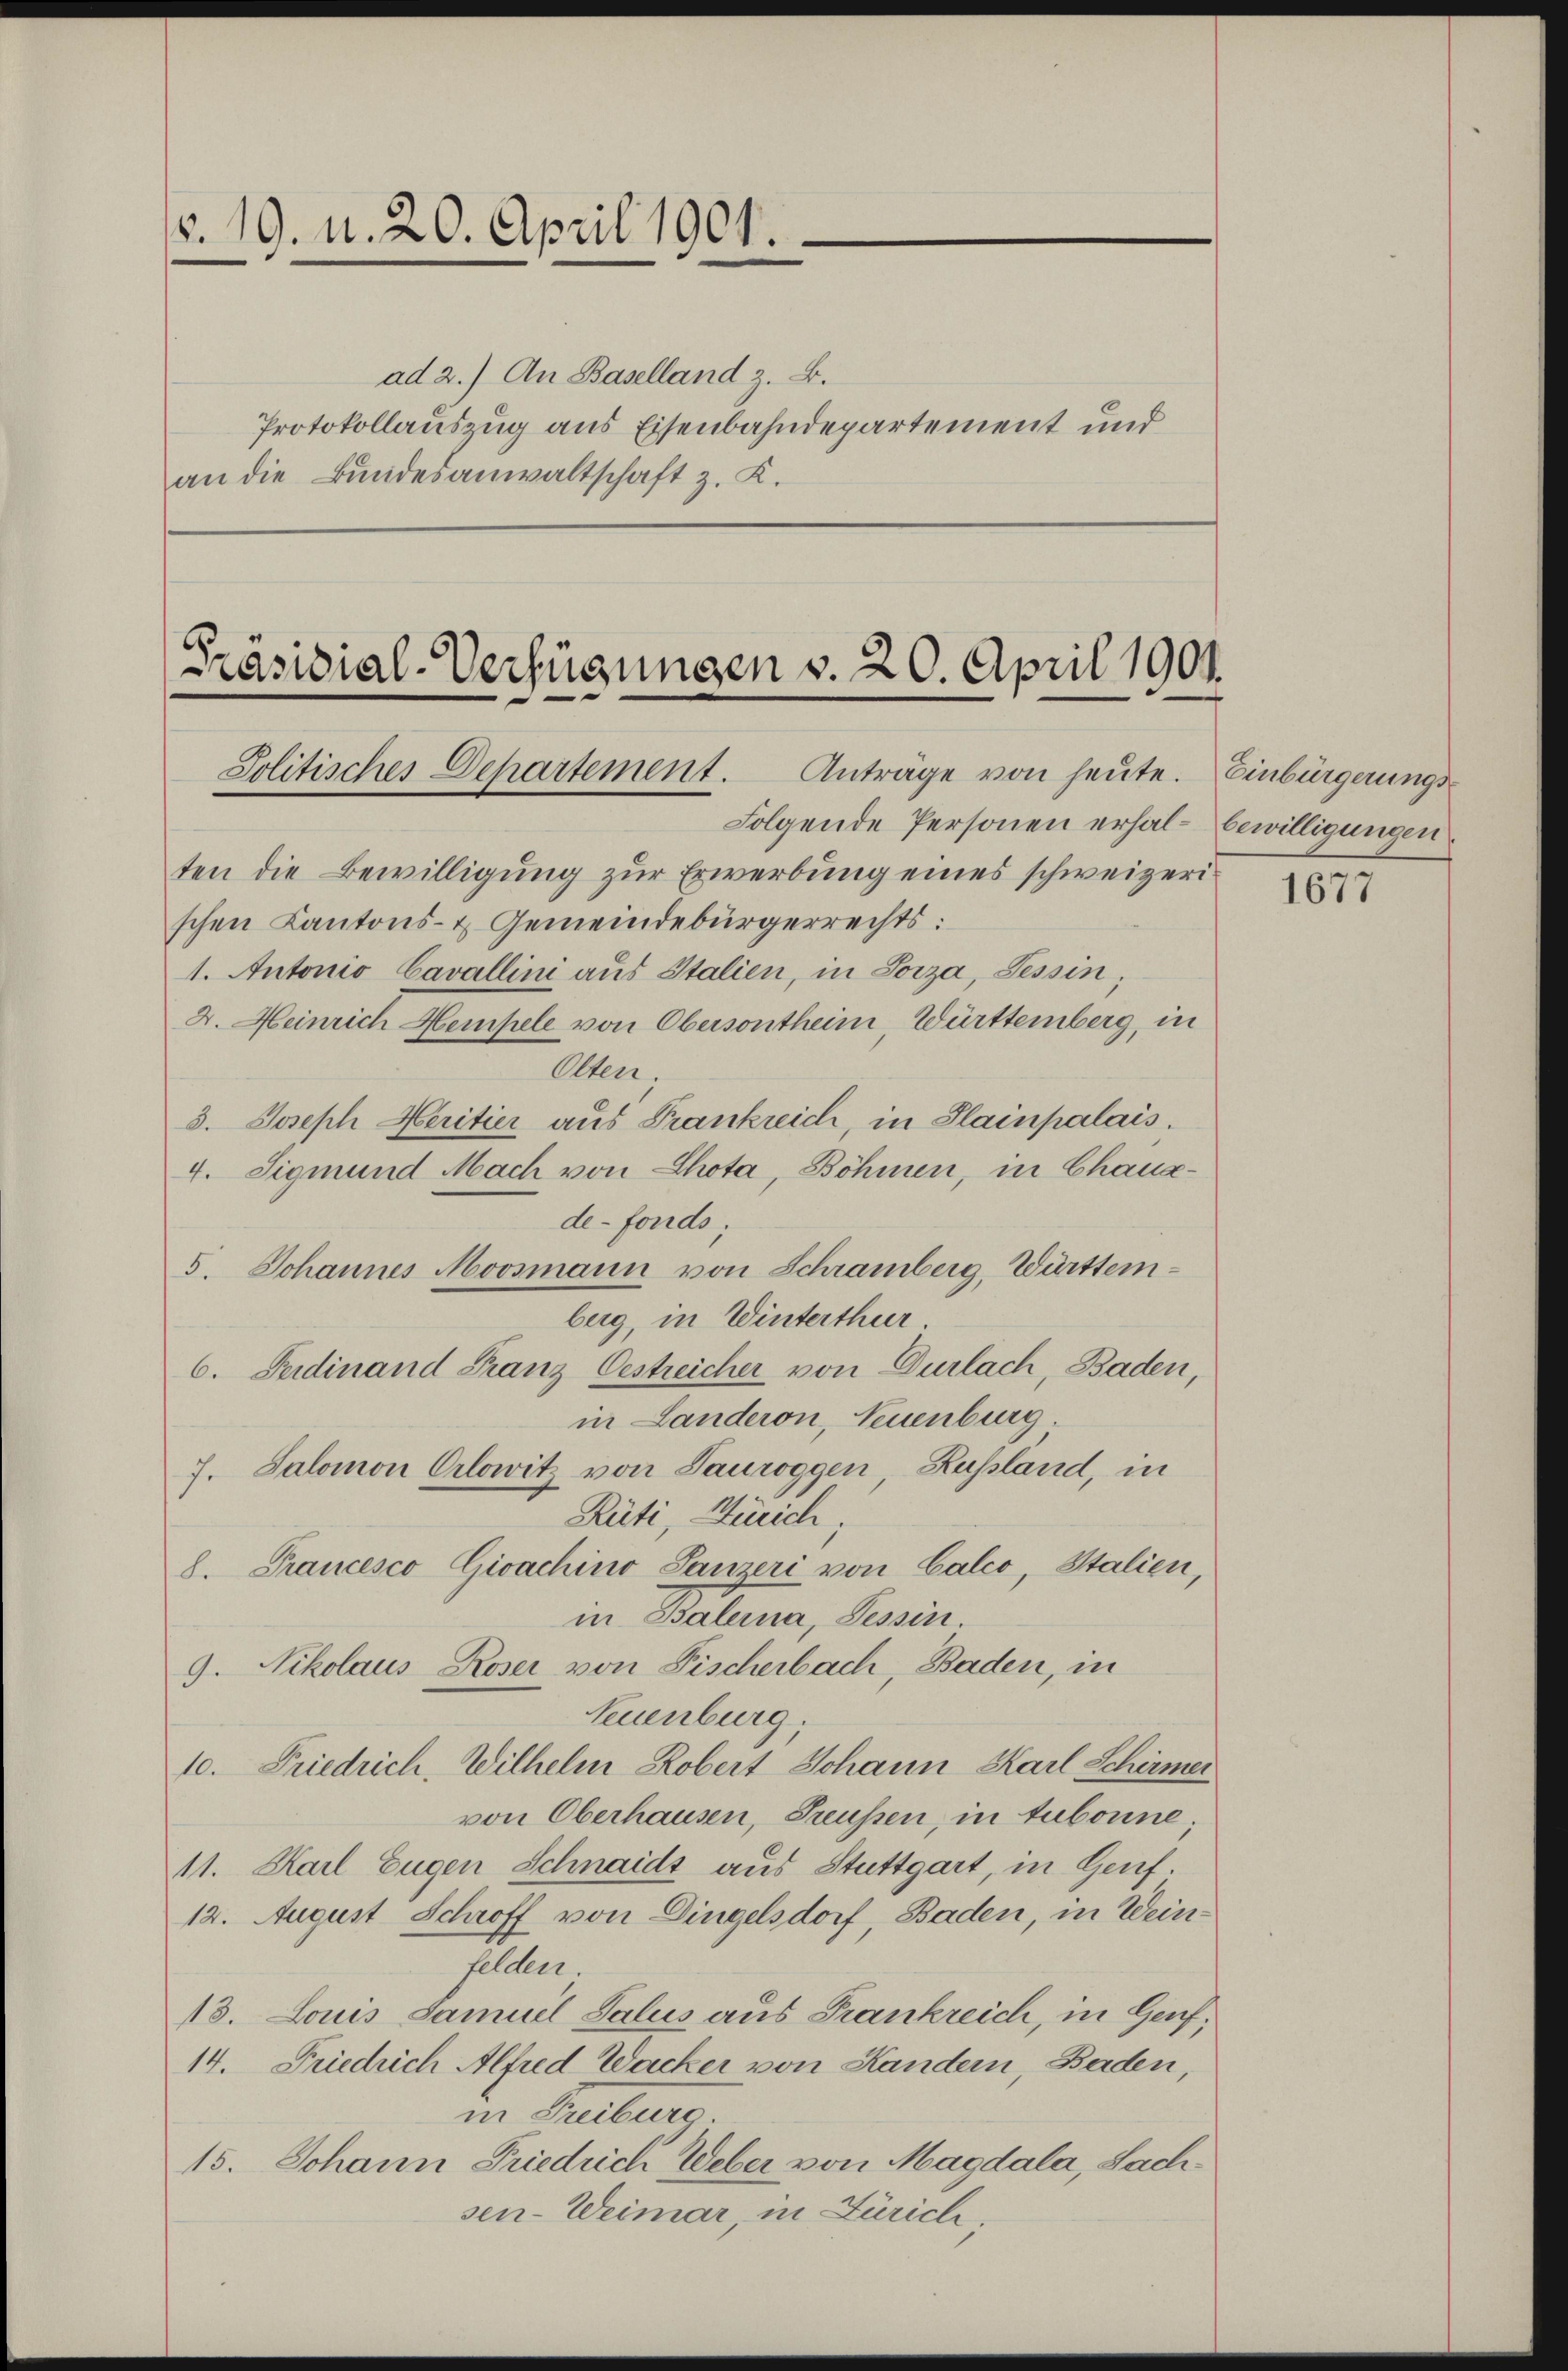
Nr. 19. d. 20. April 1901.
ad 2.) An Baselland z. B.

Protokollauszug aus Eisenbahndepartement und
an die Bundesanwaltschaft z. K.

[Präsidial-Verfügungen v. 20. April 1901.
Jolitisches Departement. Anträge von heŭte. Einbürgerungs-
Folgende Personen erhal- bewilligungen.

ten die Bewilligung zur Erwerbung eines schweizerischen Kantons- & Gemeindebürgerrechts:
1. Autonio Cavallini aus Italien, in Loiza, Tessin;
2. Heinrich Hempele von Obersontheim, Württemberg, in
Olten;
3. Joseph Heritier aus Frankreich in Slainpalais.
4. Sigmund Mach von Chota, Böhmen, in Chausde-Fonds;
5. Johannes Moosmann von Schramberg, Württemberg, in Winterthur.
6. Ferdinand Franz Oestreicher von Dürlach, Baden,
in Landeron, Neuenburg.
7. Salomon Orlowitz von Pauroggen, Russland, in
Rüti, Zürich;
8. Francesco Gioachino Panzeri von Calco, Stalien,
in Salerna, Tessin.
9. Nikolaus Roser von Fischerbach, Baden, in
Neuenburg,
10. Friedrich, Wilhelm Robert Johann Karl Schirmer
von Oberhausen, Treussen, in tubonne.
11. Karl Eugen Schnaidt aus Stuttgart, in Genf.
12. August Schroff von Dingelsdorf, Baden, in Weins.
13. Louis Samuel Salus aus Frankreich, in Genf;
14. Friedrich Alfred Wacker von Handern, Baden,
in Treiburg
15. Johann Friedrich Weber von Magdala, Sachsen-Weimar, in Zürich.

1677